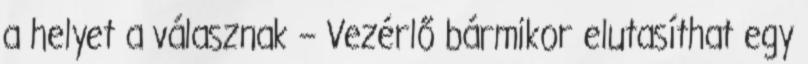
a helyet a válasznak – Vezérlő bármikor elutasíthat egy